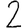
Digit: 2